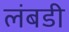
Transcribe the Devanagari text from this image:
लंबडी